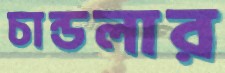
চান্ডলার